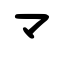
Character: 龴